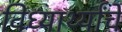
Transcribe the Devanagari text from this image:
विध्यार्थ्यांचे